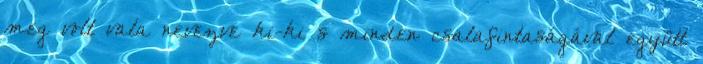
meg volt vala nevezve ki-ki s minden csalafintaságával együtt